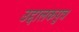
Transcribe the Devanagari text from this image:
उद्दालकपुत्र